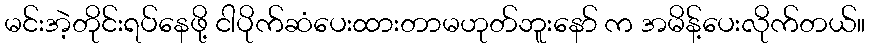
မင်းအဲ့တိုင်းရပ်နေဖို့ ငါပိုက်ဆံပေးထားတာမဟုတ်ဘူးနော် က အမိန့်ပေးလိုက်တယ်။